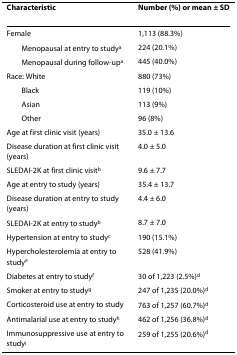
<table><thead><tr><td><b>Characteristic</b></td><td><b>Number (%) or mean ± SD</b></td></tr></thead><tbody><tr><td>Female</td><td>1,113 (88.3%)</td></tr><tr><td> Menopausal at entry to study<sup>a</sup></td><td>224 (20.1%)</td></tr><tr><td> Menopausal during follow-up<sup>a</sup></td><td>445 (40.0%)</td></tr><tr><td>Race: White</td><td>880 (73%)</td></tr><tr><td> Black</td><td>119 (10%)</td></tr><tr><td> Asian</td><td>113 (9%)</td></tr><tr><td> Other</td><td>96 (8%)</td></tr><tr><td>Age at first clinic visit (years)</td><td>35.0 ± 13.6</td></tr><tr><td>Disease duration at first clinic visit (years)</td><td>4.0 ± 5.0</td></tr><tr><td>SLEDAI-2K at first clinic visit<sup>b</sup></td><td>9.6 ± 7.7</td></tr><tr><td>Age at entry to study (years)</td><td>35.4 ± 13.7</td></tr><tr><td>Disease duration at entry to study (years)</td><td>4.4 ± 6.0</td></tr><tr><td>SLEDAI-2K at entry to study<sup>b</sup></td><td>8.7 ± 7.0</td></tr><tr><td>Hypertension at entry to study<sup>c</sup></td><td>190 (15.1%)</td></tr><tr><td>Hypercholesterolemia at entry to study<sup>e</sup></td><td>528 (41.9%)</td></tr><tr><td>Diabetes at entry to study<sup>f</sup></td><td>30 of 1,223 (2.5%)<sup>d</sup></td></tr><tr><td>Smoker at entry to study<sup>g</sup></td><td>247 of 1,235 (20.0%)<sup>d</sup></td></tr><tr><td>Corticosteroid use at entry to study</td><td>763 of 1,257 (60.7%)<sup>d</sup></td></tr><tr><td>Antimalarial use at entry to study<sup>h</sup></td><td>462 of 1,256 (36.8%)<sup>d</sup></td></tr><tr><td>Immunosuppressive use at entry to study<sup>i</sup></td><td>259 of 1,255 (20.6%)<sup>d</sup></td></tr></tbody></table>